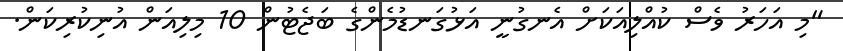
"މި އަހަރު ވެސް ކުއްލިއަކަށް އެނގުނީ އަޅުގަނޑުމެންގެ ބަޖެޓުން 10 މިލިއަން އުނިކުރިކަން.